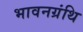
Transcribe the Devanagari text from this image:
भावनग्रंथि